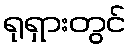
ရုရှားတွင်